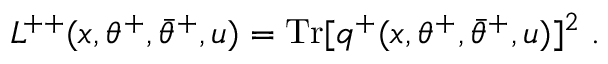
L ^ { + + } ( x , \theta ^ { + } , \bar { \theta } ^ { + } , u ) = \mathrm { T r } [ q ^ { + } ( x , \theta ^ { + } , \bar { \theta } ^ { + } , u ) ] ^ { 2 } \; .